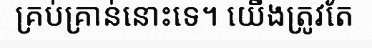
គ្រប់គ្រាន់នោះទេ។ យើងត្រូវតែ